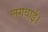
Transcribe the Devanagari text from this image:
लगवाई।